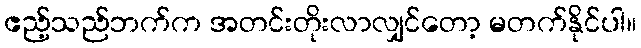
ဧည့်သည်ဘက်က အတင်းတိုးလာလျှင်တော့ မတက်နိုင်ပါ။